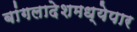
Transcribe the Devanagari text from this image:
बांगलादेशमध्येपार